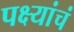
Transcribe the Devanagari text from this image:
पक्ष्यांचं